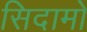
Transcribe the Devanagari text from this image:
सिदामो